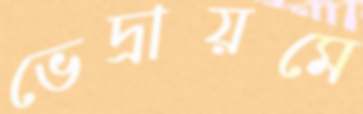
ভেদ্রায়মে